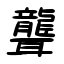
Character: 聾